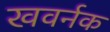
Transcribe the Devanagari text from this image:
खवर्नक